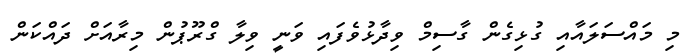
މި މައްސަލައާއި ގުޅިގެން ގާސިމް ވިދާޅުވެފައި ވަނީ ވިލާ ގްރޫޕުން މިރާއަށް ދައްކަން